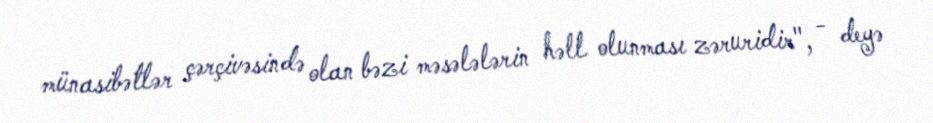
münasibətlər çərçivəsində olan bəzi məsələlərin həll olunması zəruridir", - deyə